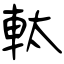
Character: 軚